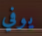
يوفي